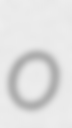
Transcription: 0